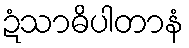
ဍံသာဓိပါတာနံ